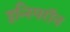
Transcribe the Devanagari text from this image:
इन्स्पिरॉन